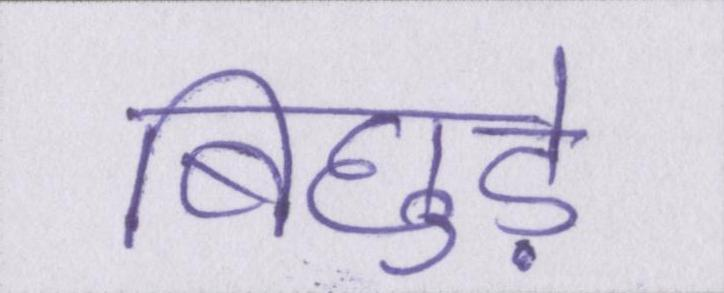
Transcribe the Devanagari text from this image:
बिछुड़े